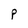
Character: P